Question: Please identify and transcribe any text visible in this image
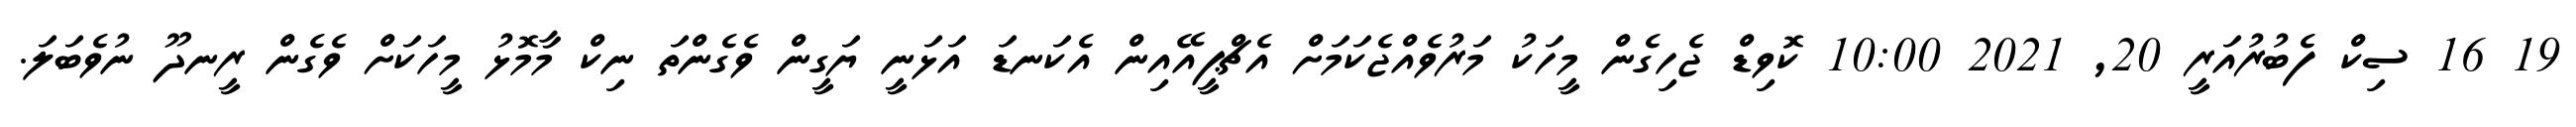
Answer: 19 16 ސިކް ފެބުރުއަރީ 20, 2021 10:00 ކޮވިޑް ޖެހިގެން މީހަކު މަރުވެއްޖެކަމަށް އެޗްޕީއޭއިން އެކަނޑަ އަޅަނީ ޔަގީން ވެގެންތަ ނިކް މާމޮޅު މީހަކަށް ވެގެން ރީނދޫ ނުވެބަލަ.